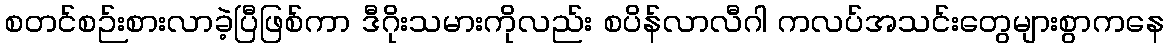
စတင်စဉ်းစားလာခဲ့ပြီဖြစ်ကာ ဒီဂိုးသမားကိုလည်း စပိန်လာလီဂါ ကလပ်အသင်းတွေများစွာကနေ